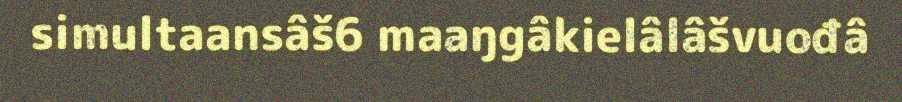
simultaansâš6 maaŋgâkielâlâšvuođâ